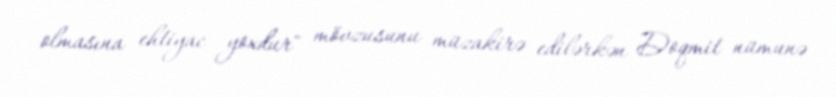
olmasına ehtiyac yoxdur" mövzusunu müzakirə edilərkən Doqmit nümunə